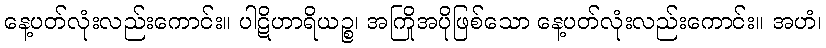
နေ့ပတ်လုံးလည်းကောင်း။ ပါဋိဟာရိယဉ္စ၊ အကြိုအပိုဖြစ်သော နေ့ပတ်လုံးလည်းကောင်း။ အဟံ၊